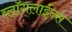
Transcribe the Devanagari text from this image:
ब्लॉगलाईन्स